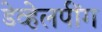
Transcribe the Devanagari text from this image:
डेव्हेलपींग